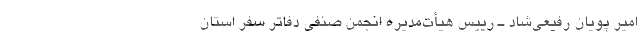
امیر پویان رفیعی‌شاد ـ رییس هیأت‌مدیره انجمن صنفی دفاتر سفر استان